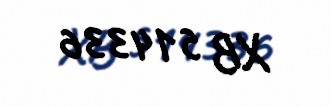
XB 514336